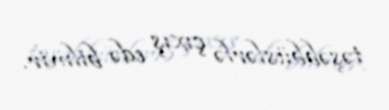
təşəbbüslərlə çıxış edə bilmir.